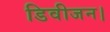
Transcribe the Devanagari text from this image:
डिवीजन।